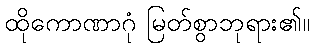
ထိုကောဏာဂုံ မြတ်စွာဘုရား၏။